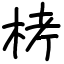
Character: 𣑥